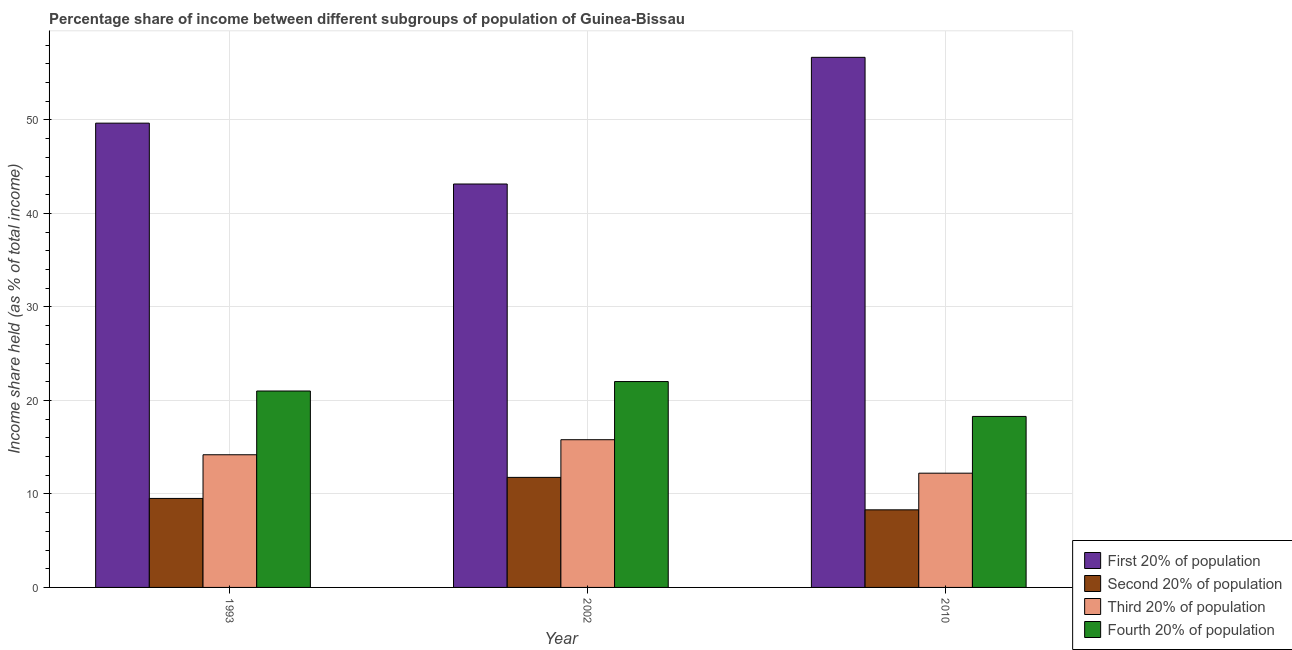
| Year | First 20% of population | Second 20% of population | Third 20% of population | Fourth 20% of population |
 | --- | --- | --- | --- | --- |
 | 1993 | 49.7 | 9.52 | 14.2 | 21 |
 | 2002 | 43.1 | 11.8 | 15.8 | 22 |
 | 2010 | 56.7 | 8.3 | 12.2 | 18.3 |